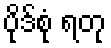
ပိုဒ်စုံ ရတု